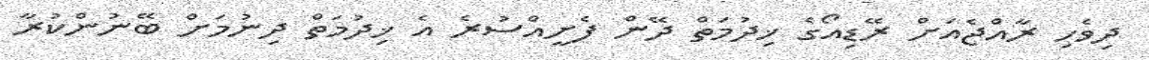
ދިވެހި ރާއްޖެއަށް ރޭޑިއޯގެ ޚިދުމަތް ދޭން ފެށީއްސުރެ އެ ޚިދުމަތް ދިނުމަށް ބޭނުންކުރާ